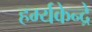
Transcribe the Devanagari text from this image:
हर्म्यकेन्द्रे